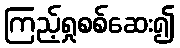
ကြည့်ရှုစစ်ဆေး၍